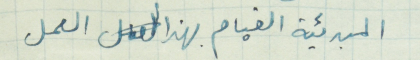
المبدئية القيام بهذا العمل